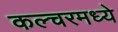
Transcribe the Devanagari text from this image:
कल्चरमध्ये